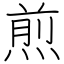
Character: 煎